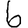
Digit: 6